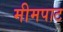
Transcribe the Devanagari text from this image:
मीमपाट